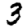
Digit: 3